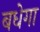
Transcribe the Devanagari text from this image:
बधेगा